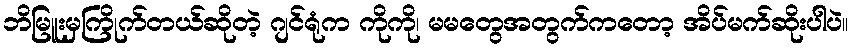
ဘိမြူးမှကြိုက်တယ်ဆိုတဲ့ ဂျင်ရုံက ကိုကို၊ မမတွေအတွက်ကတော့ အိပ်မက်ဆိုးပါပဲ။